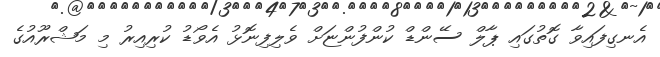
އެނގިފައިވާ ގޮތުގައި ޕާލް ސޭންޑް ކުންފުންޏަށް ވެލިފިނޮޅު އެވޯޑު ކުރިއިރު މި މަޝްރޫއުގެ